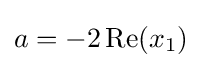
a=-2\operatorname {Re} (x_{1})